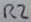
Text: R2